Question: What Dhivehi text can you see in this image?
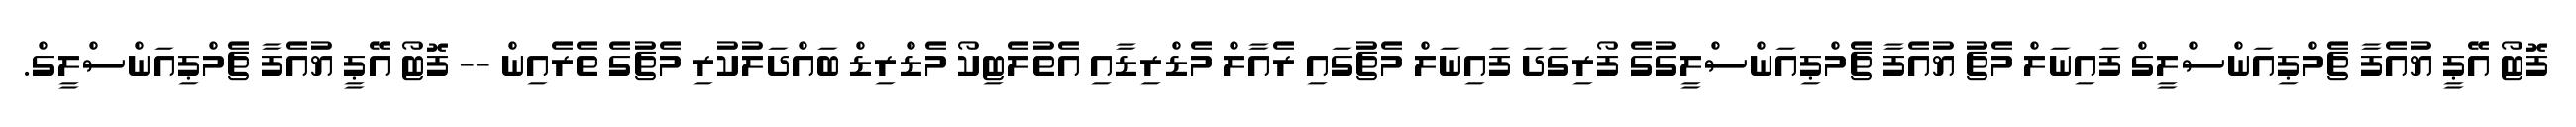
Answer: ފޮޓޯ އޭޕީ ޔުއެފާ ޗެމްޕިއަންސްލީގް ފައިނަލް މެޗު ޔުއެފާ ޗެމްޕިއަންސްލީގުގެ ފޯރިގަދަ ފައިނަލް މެޗުގައި ރެއާލް މެޑްރިޑާއި އެތުލެޓިކޯ މެޑްރިޑް ބައްދަލުކުރި މެޗުގެ ތެރެއިން -- ފޮޓޯ އޭޕީ ޔުއެފާ ޗެމްޕިއަންސްލީގް.